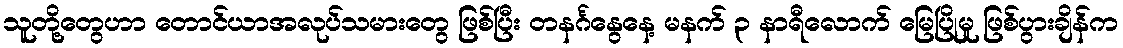
သူတို့တွေဟာ တောင်ယာအလုပ်သမားတွေ ဖြစ်ပြီး တနင်္ဂနွေနေ့ မနက် ၃ နာရီလောက် မြေပြိုမှု ဖြစ်ပွားချိန်က